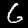
Digit: 6